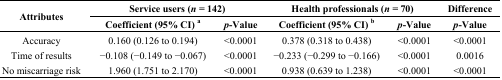
| <ROWSPAN=2> Attributes | <COLSPAN=2> Service users (n = 142) | <COLSPAN=2> Health professionals (n = 70) | Difference |
 | Coefficient (95% CI) a | p-Value | Coefficient (95% CI) b | p-Value | p-Value |
 | --- | --- | --- | --- | --- | --- |
 | Accuracy | 0.160 (0.126 to 0.194) | <0.0001 | 0.378 (0.318 to 0.438) | <0.0001 | <0.0001 |
 | Time of results | −0.108 (−0.149 to −0.067) | <0.0001 | −0.233 (−0.299 to −0.166) | <0.0001 | 0.0016 |
 | No miscarriage risk | 1.960 (1.751 to 2.170) | <0.0001 | 0.938 (0.639 to 1.238) | <0.0001 | <0.0001 |